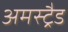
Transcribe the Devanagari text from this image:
अमस्ट्रैड